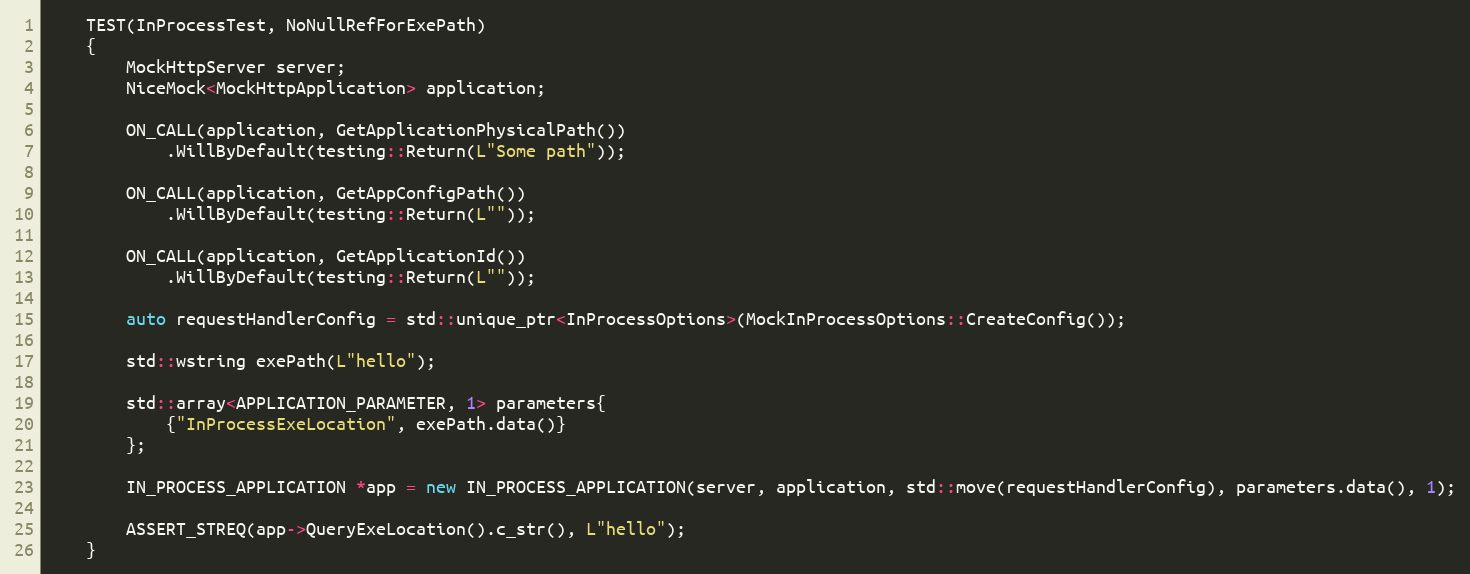
Language: C++
    TEST(InProcessTest, NoNullRefForExePath)
    {
        MockHttpServer server;
        NiceMock<MockHttpApplication> application;

        ON_CALL(application, GetApplicationPhysicalPath())
            .WillByDefault(testing::Return(L"Some path"));

        ON_CALL(application, GetAppConfigPath())
            .WillByDefault(testing::Return(L""));

        ON_CALL(application, GetApplicationId())
            .WillByDefault(testing::Return(L""));

        auto requestHandlerConfig = std::unique_ptr<InProcessOptions>(MockInProcessOptions::CreateConfig());

        std::wstring exePath(L"hello");

        std::array<APPLICATION_PARAMETER, 1> parameters{
            {"InProcessExeLocation", exePath.data()}
        };

        IN_PROCESS_APPLICATION *app = new IN_PROCESS_APPLICATION(server, application, std::move(requestHandlerConfig), parameters.data(), 1);

        ASSERT_STREQ(app->QueryExeLocation().c_str(), L"hello");
    }